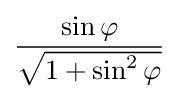
\sin \varphi  \over {\sqrt {1+\sin ^{2}\varphi }}